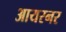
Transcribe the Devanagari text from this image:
आयरनर